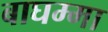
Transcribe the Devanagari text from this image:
बाघम्मा